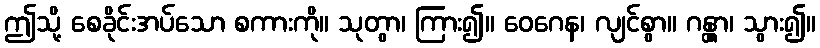
ဤသို့ စေခိုင်းအပ်သော စကားကို။ သုတွာ၊ ကြား၍။ ဝေဂေန၊ လျင်စွာ။ ဂန္တွာ၊ သွား၍။